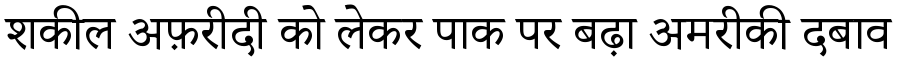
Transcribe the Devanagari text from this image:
शकील अफ़रीदी को लेकर पाक पर बढ़ा अमरीकी दबाव